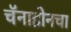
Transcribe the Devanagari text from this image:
चॅनाहोनचा